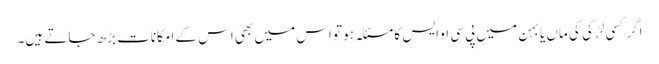
اگرکسی لڑکی کی ماں یا بہن میں پی سی او ایس کا مسئلہ ہو تو اس میں بھی اس کے امکانات بڑھ جاتے ہیں۔